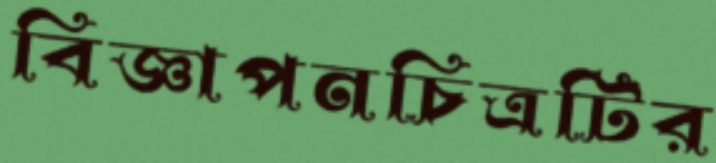
বিজ্ঞাপনচিত্রটির